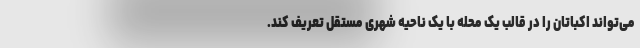
می‌تواند اکباتان را در قالب یک محله با یک ناحیه شهری مستقل تعریف کند.